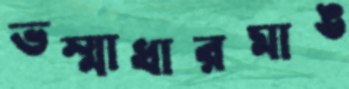
ভস্মাধারমাঙ